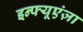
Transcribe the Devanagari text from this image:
इन्फ्यूएंज़ा